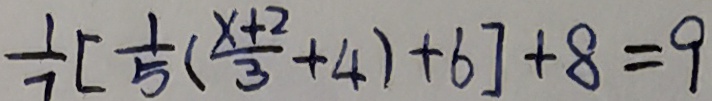
\frac { 1 } { 7 } [ \frac { 1 } { 5 } ( \frac { x + 2 } { 3 } + 4 ) + 6 ] + 8 = 9